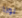
نونا